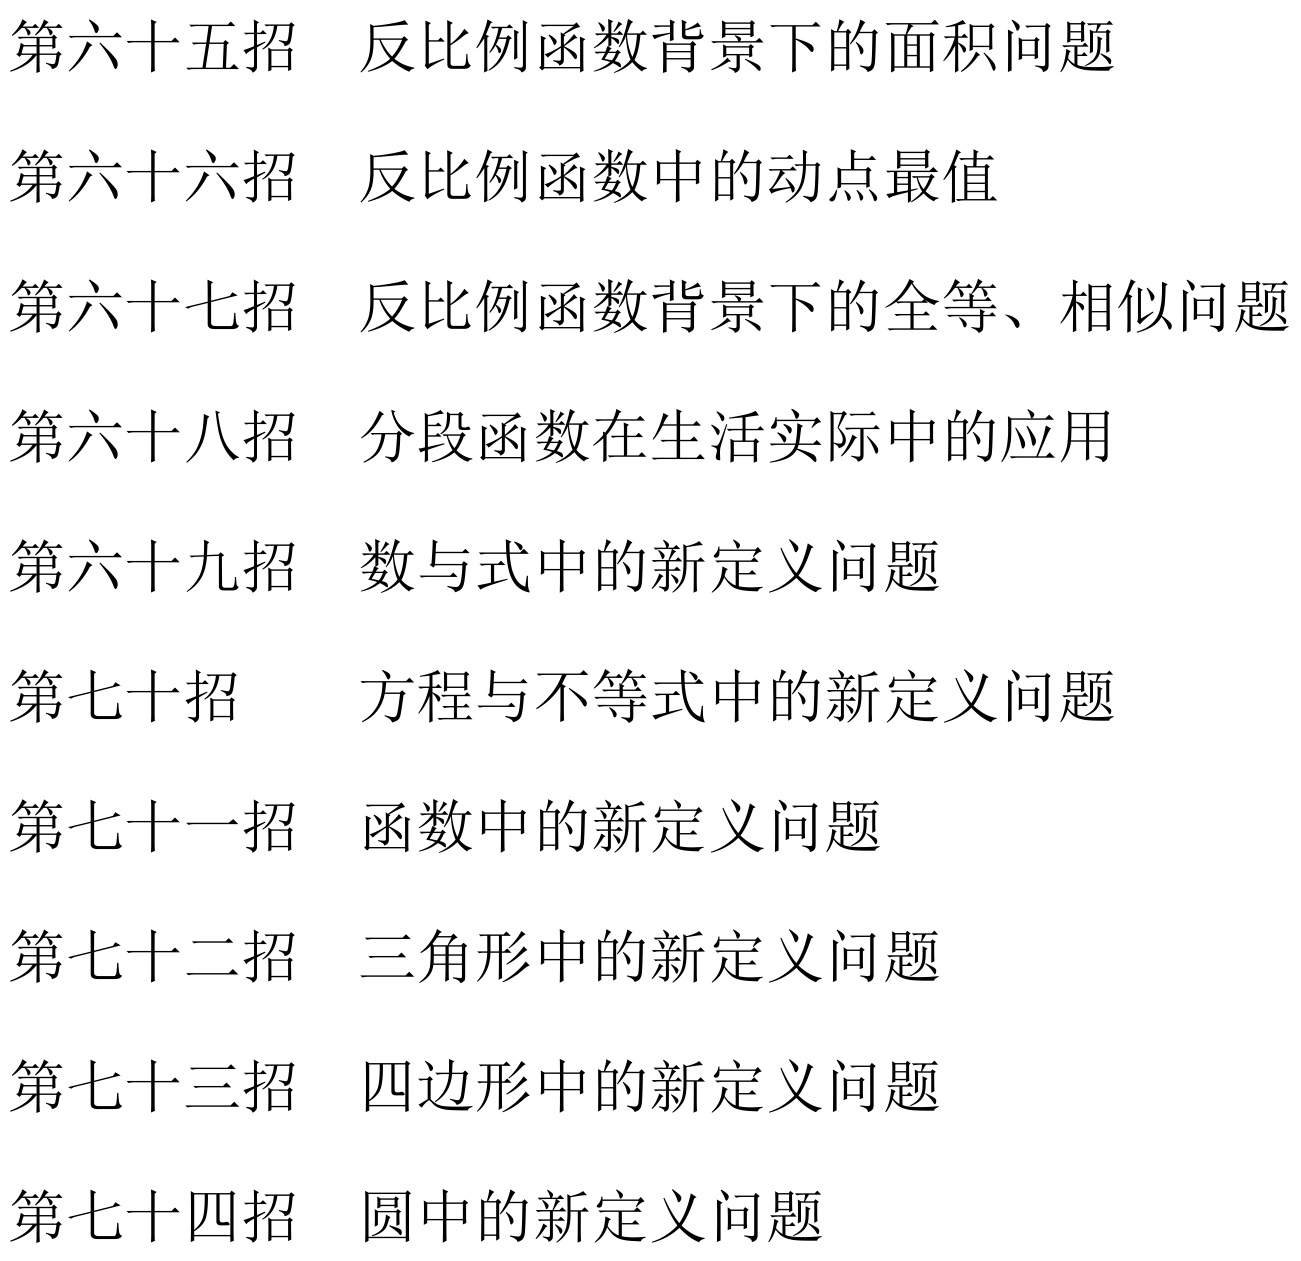
第六十五招 反比例函数背景下的面积问题
第六十六招 反比例函数中的动点最值
第六十七招 反比例函数背景下的全等、相似问题
第六十八招 分段函数在生活实际中的应用
第六十九招 数与式中的新定义问题
第七十招  方程与不等式中的新定义问题
第七十一招 函数中的新定义问题
第七十二招 三角形中的新定义问题
第七十三招 四边形中的新定义问题
第七十四招 圆中的新定义问题